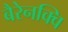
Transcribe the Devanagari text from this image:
बैरेनक्वि